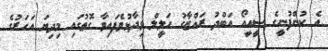
އެ ކުންފުނީގެ ސީއީއޯ އަބްދު ރައްޒާގު ހަލީލް ވިދާޅުވެފައިވާ ގޮތުގައި މިދިޔަ އަހަރުގެ